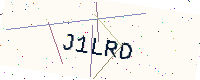
Text: J1LRD